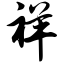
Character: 祥